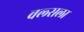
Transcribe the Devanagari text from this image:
वल्‍सला